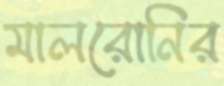
মালরোনির